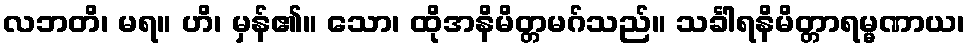
လဘတိ၊ မရ။ ဟိ၊ မှန်၏။ သော၊ ထိုအနိမိတ္တမဂ်သည်။ သင်္ခါရနိမိတ္တာရမ္မဏာယ၊